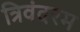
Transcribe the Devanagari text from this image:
त्रिवंदरम